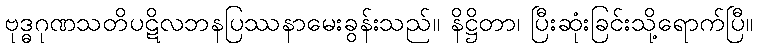
ဗုဒ္ဓဂုဏသတိပဋိလဘနပြဿနာမေးခွန်းသည်။ နိဋ္ဌိတာ၊ ပြီးဆုံးခြင်းသို့ရောက်ပြီ။